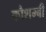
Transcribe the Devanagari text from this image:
कौशम्बी